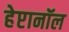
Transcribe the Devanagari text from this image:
हेप्टानॉल